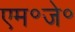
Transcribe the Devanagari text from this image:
एम॰जे॰